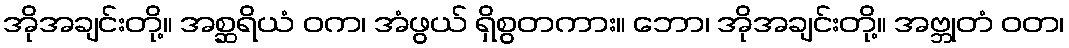
အိုအချင်းတို့။ အစ္ဆရိယံ ဝက၊ အံဖွယ် ရှိစွတကား။ ဘော၊ အိုအချင်းတို့။ အဗ္ဘုတံ ဝတ၊